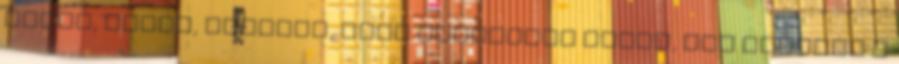
játék, ötlet, feladat, amit megkaptok olyan, ami kiállta a